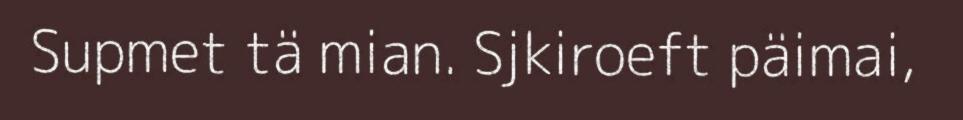
Supmet tä mian. Sjkiroeft päimai,